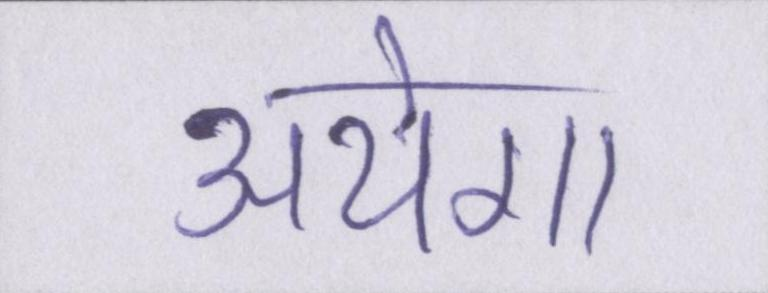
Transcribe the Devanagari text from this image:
आयेगा